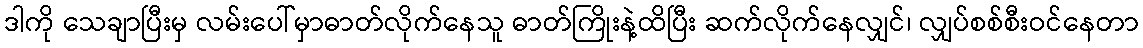
ဒါကို သေချာပြီးမှ လမ်းပေါ်မှာဓာတ်လိုက်နေသူ ဓာတ်ကြိုးနဲ့ထိပြီး ဆက်လိုက်နေလျှင်၊ လျှပ်စစ်စီးဝင်နေတာ